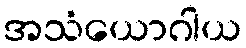
အသံယောဂါယ